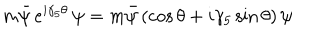
m \bar { \psi } \, e ^ { i \gamma _ { 5 } \theta } \, \psi = m \bar { \psi } \left( \cos \theta + i \gamma _ { 5 } \sin \theta \right) \psi